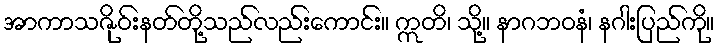
အာကာသဇိုဝ်းနတ်တို့သည်လည်းကောင်း။ ဣတိ၊ သို့။ နာဂဘဝနံ၊ နဂါးပြည်ကို။